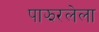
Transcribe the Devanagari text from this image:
पाझरलेला